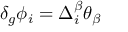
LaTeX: \delta _ { g } \phi _ { i } = \Delta _ { i } ^ { \beta } \theta _ { \beta }